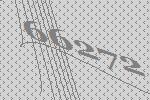
66272